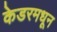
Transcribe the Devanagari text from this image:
केडरमधून